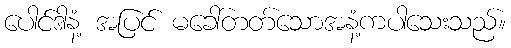
ပေါင်ဒါနံ့ အပြင် မခေါ်တတ်သောအနံ့ကပါသေးသည်။